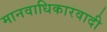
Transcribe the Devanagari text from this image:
मानवाधिकारवादी